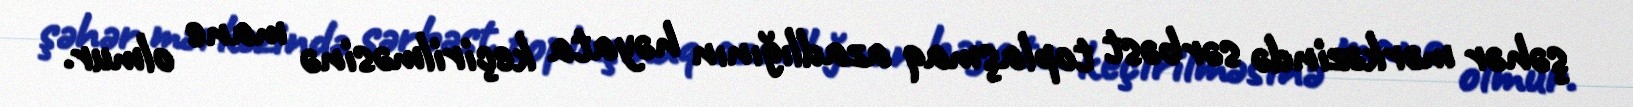
şəhər mərkəzində sərbəst toplaşmaq azadlığının həyata keçirilməsinə mane olmur.